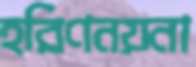
হরিণনয়না